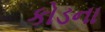
કોડના